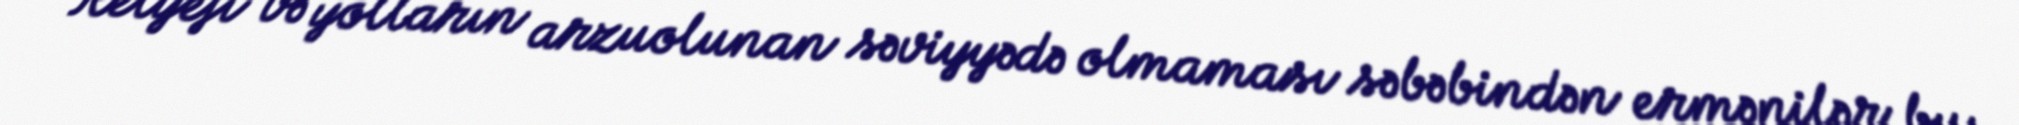
Relyefi və yolların arzuolunan səviyyədə olmaması səbəbindən ermənilər bu